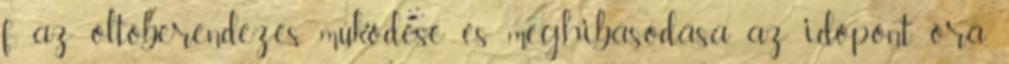
f az oltóberendezés mûködése és meghibásodása az idõpont óra,